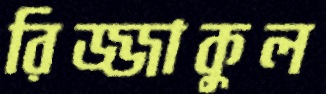
রিজ্জাকুল